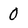
Character: 0